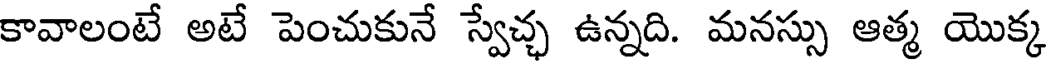
కావాలంటే అటే పెంచుకునే స్వేచ్ఛ ఉన్నది. మనస్సు ఆత్మ యొక్క